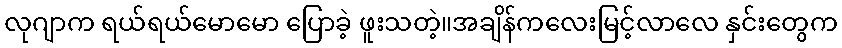
လုဂျာက ရယ်ရယ်မောမော ပြောခဲ့ ဖူးသတဲ့။အချိန်ကလေးမြင့်လာလေ နှင်းတွေက